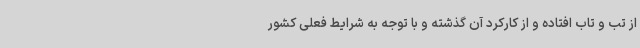
از تب و تاب افتاده و از کارکرد آن گذشته و با توجه به شرایط فعلی کشور